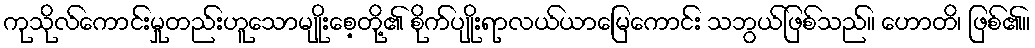
ကုသိုလ်ကောင်းမှုတည်းဟူသောမျိုးစေ့တို့၏ စိုက်ပျိုးရာလယ်ယာမြေကောင်း သဘွယ်ဖြစ်သည်။ ဟောတိ၊ ဖြစ်၏။